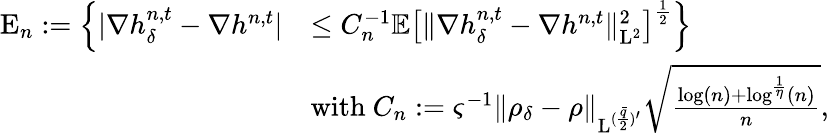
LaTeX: \begin{array}{rl}{\mathrm{E}_{n}:=\Big\{ \vert\nabla h_{\delta}^{n,t}-\nabla h^{n,t}\vert}&{\leq C_{n}^{-1}\mathbb{E}\big[\| \nabla h_{\delta}^{n,t}-\nabla h^{n,t}\| _{\mathrm{L}^{2}}^{2}\big]^{\frac{1}{2}}\Big\} }\\ &{\mathrm{with~}C_{n}:=\varsigma^{-1}\| \rho_{\delta}-\rho\| _{\mathrm{L}^{(\frac{\bar{q}}{2})^{\prime}}}\sqrt{\frac{\log(n)+\log^{\frac{1}{\eta}}(n)}{n}},}\end{array}